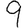
Digit: 9